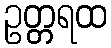
ဥတ္တရထ